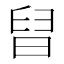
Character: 𣇀